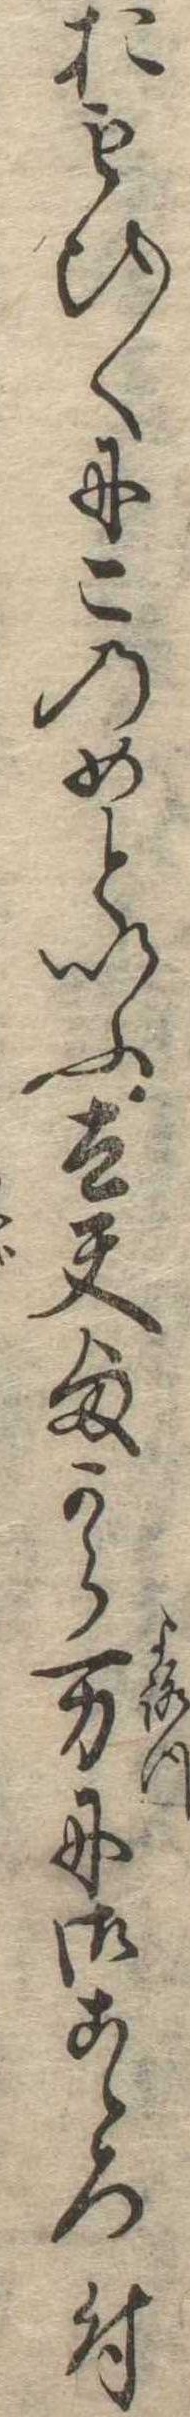
おもひ〱にこのめといふ太夫様から万に御こゝろ付